Annual report of the Imperial Bacteriological Laboratory, Muktesar
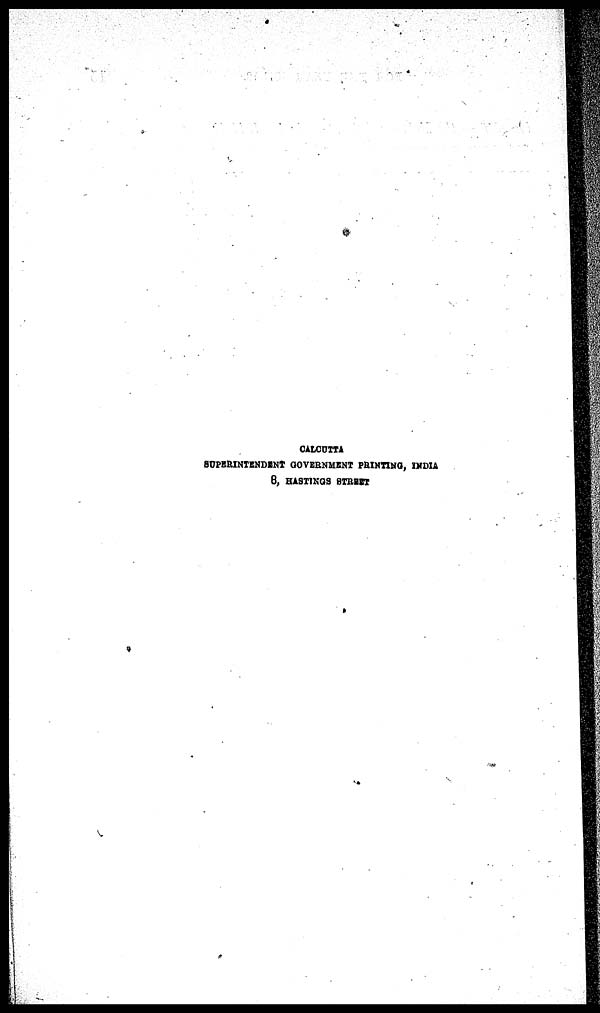
CALCUTTA
SUPERINTENDENT GOVERNMENT PRINTING, INDIA
8, HASTINGS STREET